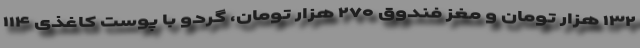
۱۳۲ هزار تومان و مغز فندوق ۲۷۰ هزار تومان، گردو با پوست کاغذی ۱۱۴